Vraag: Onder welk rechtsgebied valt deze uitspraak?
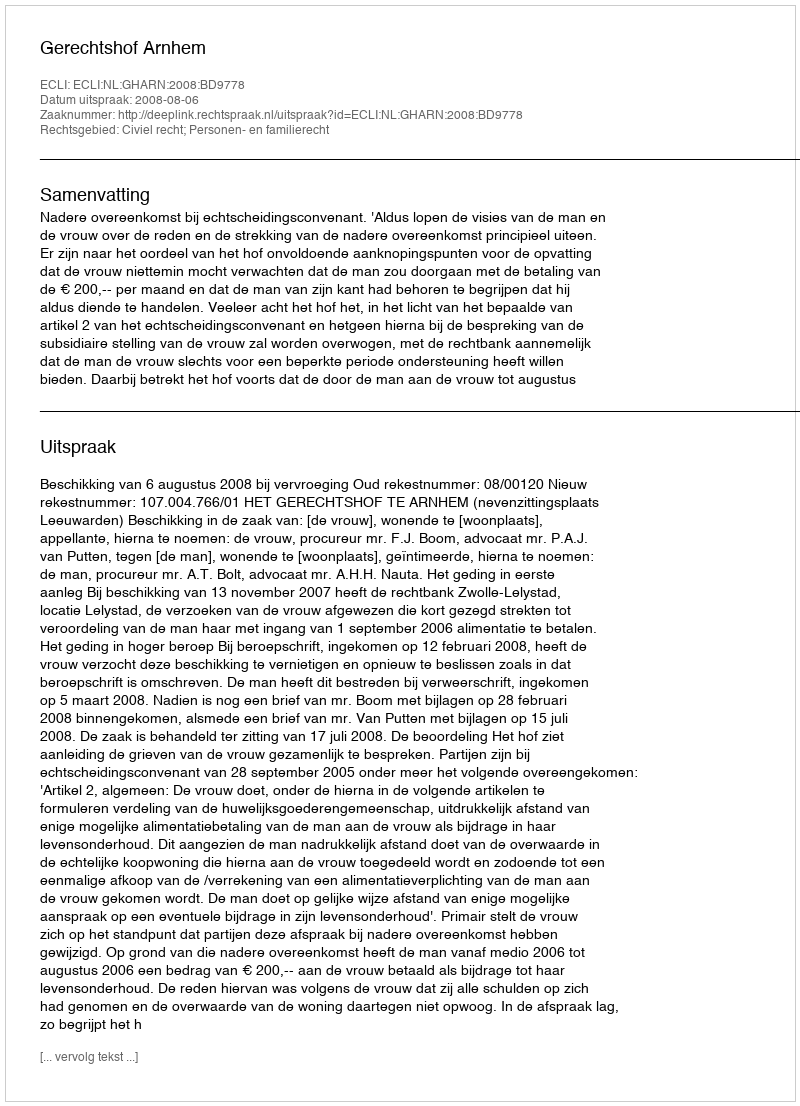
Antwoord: Civiel recht; Personen- en familierecht